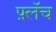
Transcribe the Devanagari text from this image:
फ़्लॅच